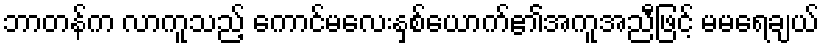
ဘာတန်က လာကူသည့် ကောင်မလေးနှစ်ယောက်၏အကူအညီဖြင့် မမရေချယ်